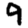
Digit: 9